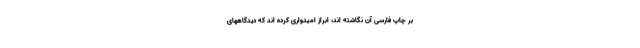
بر چاپ فارسی آن نگاشته اند، ابراز امیدواری کرده اند که دیدگاههای